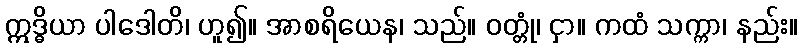
ဣဒ္ဓိယာ ပါဒေါတိ၊ ဟူ၍။ အာစရိယေန၊ သည်။ ဝတ္တုံ၊ ငှာ။ ကထံ သက္ကာ၊ နည်း။